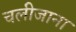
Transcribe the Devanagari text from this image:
चलीजाना